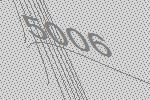
5006